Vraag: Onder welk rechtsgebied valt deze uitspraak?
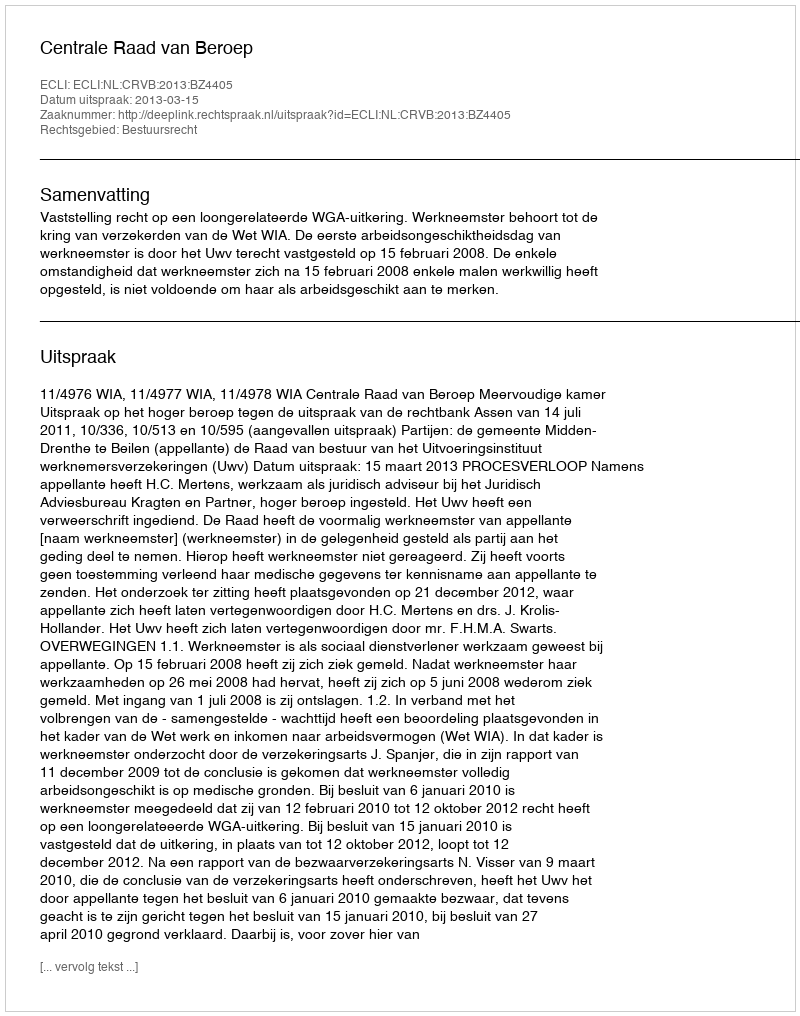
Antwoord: Bestuursrecht